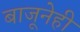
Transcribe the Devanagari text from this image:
बाजूनेही